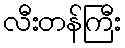
လီးတန်ကြီး